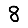
Digit: 8